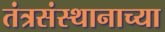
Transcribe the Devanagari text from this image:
तंत्रसंस्थानाच्या